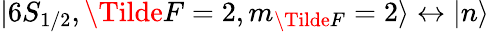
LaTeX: \lvert 6S_{1/2},\Tilde{F}=2,m_{\Tilde{F}}=2\rangle\leftrightarrow\lvert n\rangle